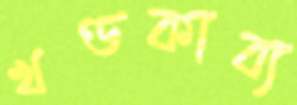
খণ্ডকাব্য